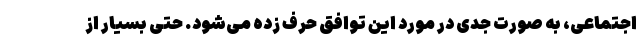
اجتماعی، به صورت جدی در مورد این توافق حرف زده می‌شود. حتی بسیار از